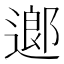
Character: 𨖅